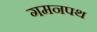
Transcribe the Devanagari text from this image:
गमनपथ